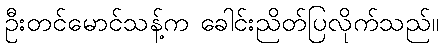
ဦးတင်မောင်သန့်က ခေါင်းညိတ်ပြလိုက်သည်။